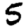
Digit: 5